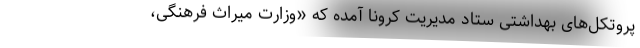
پروتکل‌های بهداشتی ستاد مدیریت کرونا آمده که «وزارت میراث فرهنگی،